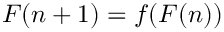
F ( n + 1 ) = f ( F ( n ) )